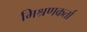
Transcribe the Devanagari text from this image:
मिश्रणकर्ता